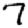
Digit: 7